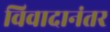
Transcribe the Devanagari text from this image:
विवादानंतर